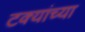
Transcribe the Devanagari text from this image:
टक्यांच्या